King Institute of Preventive Medicine Micro-Biological Section reports 1909-11
Year: 1909
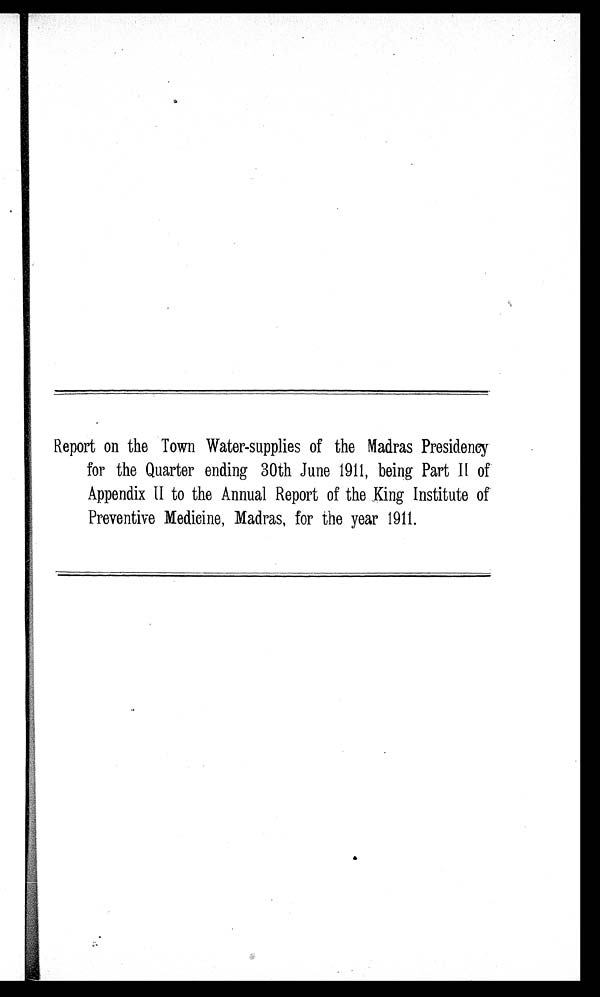
Report on the Town Water-supplies of the Madras Presidency
for the Quarter ending 30th June 1911, being Part II of
Appendix II to the Annual Report of the King Institute of
Preventive Medicine, Madras, for the year 1911.